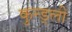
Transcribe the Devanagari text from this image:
कुन्ड्ली